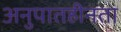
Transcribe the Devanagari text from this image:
अनुपातहीनता